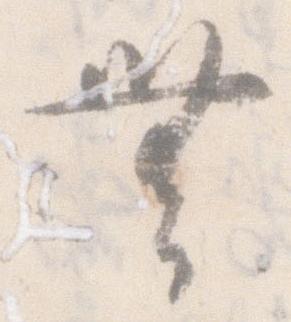
無